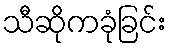
သီဆိုကခုံခြင်း